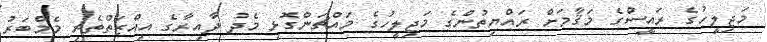
މަޖިލީހުގެ ރައީސްގެ މަޤާމަށް ރައްޔިތުންގެ މަޖިލީހުގެ މައްޗަންގޮޅި މެދު ދާއިރާގެ އިއްޒަތްތެރި މެމްބަރު